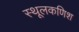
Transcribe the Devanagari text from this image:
स्थूलकणिश